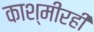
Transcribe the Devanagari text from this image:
काश्मीरही